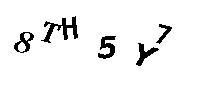
8TH5Y7